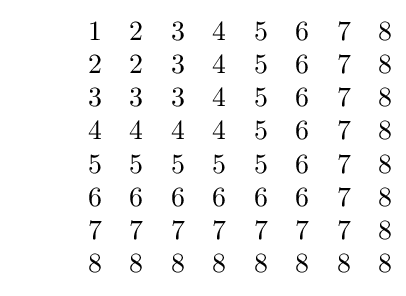
~~~~~~~~{\begin{matrix}1&2&3&4&5&6&7&8\\2&2&3&4&5&6&7&8\\3&3&3&4&5&6&7&8\\4&4&4&4&5&6&7&8\\5&5&5&5&5&6&7&8\\6&6&6&6&6&6&7&8\\7&7&7&7&7&7&7&8\\8&8&8&8&8&8&8&8\end{matrix}}